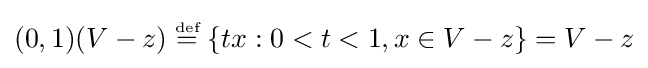
(0,1)(V-z)\;{\stackrel {\scriptscriptstyle {\text{def}}}{=}}\;\{tx:0<t<1,x\in V-z\}=V-z